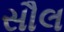
સૌલ